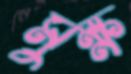
মুক্ষ